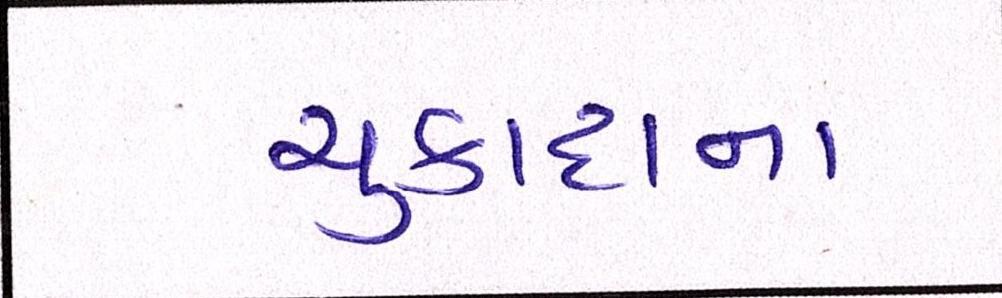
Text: ચુકાદાના